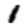
Digit: 1